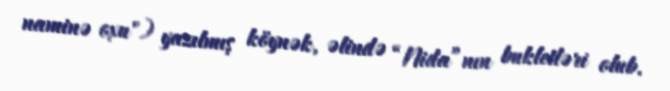
naminə oxu") yazılmış köynək, əlində “Nida”nın bukletləri olub.